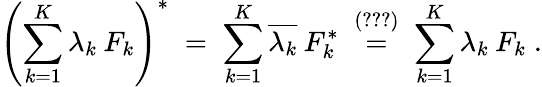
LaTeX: \left(\sum_{k=1}^{K}\lambda_{k}\: F_{k}\right)^{*}\; =\; \sum_{k=1}^{K}\overline{{{\lambda_{k}}}}\: F_{k}^{*}\; \stackrel{(\ref{eq:47})}{=}\; \sum_{k=1}^{K}\lambda_{k}\: F_{k}\; .